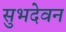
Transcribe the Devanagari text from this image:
सुभदेवन